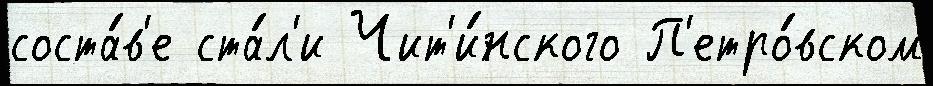
соста́в'е ста́л'и Чит'и́нского П'етро́вском